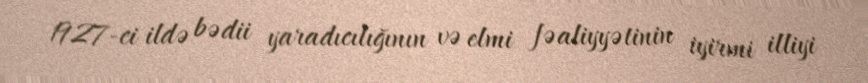
1927-ci ildə bədii yaradıcılığının və elmi fəaliyyətinin iyirmi illiyi